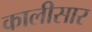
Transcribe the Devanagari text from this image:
कालीसार